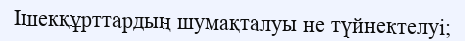
Ішекқұрттардың шумақталуы не түйнектелуі;